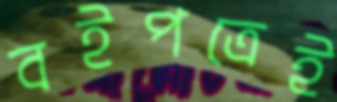
বইপত্রেই